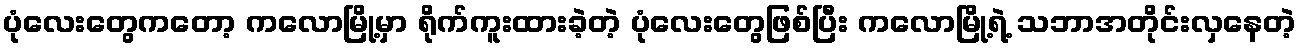
ပုံလေးတွေကတော့ ကလောမြို့မှာ ရိုက်ကူးထားခဲ့တဲ့ ပုံလေးတွေဖြစ်ပြီး ကလောမြို့ရဲ့ သဘာအတိုင်းလှနေတဲ့